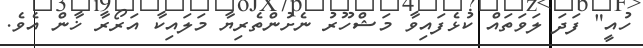
ހުއީ" ފަދަ ލަވަތައް ކުޅެފައިވާ މަޝްހޫރު ނެށުންތެރިޔާ މަލައިކާ އަރޯރާ ޚާން އެވެ.